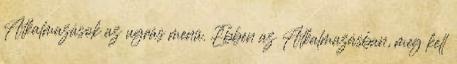
Alkalmazások az ugrás menü. Ebben az Alkalmazásban, meg kell